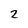
Character: 2